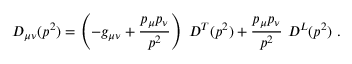
D _ { \mu \nu } ( p ^ { 2 } ) = \left( - g _ { \mu \nu } + \frac { p _ { \mu } p _ { \nu } } { p ^ { 2 } } \right) \ D ^ { T } ( p ^ { 2 } ) + \frac { p _ { \mu } p _ { \nu } } { p ^ { 2 } } \ D ^ { L } ( p ^ { 2 } ) \ .